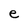
Character: e